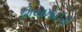
મિયામાઈરી